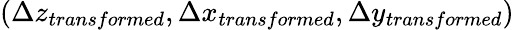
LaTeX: (\Delta z_{transformed},\Delta x_{transformed},\Delta y_{transformed})